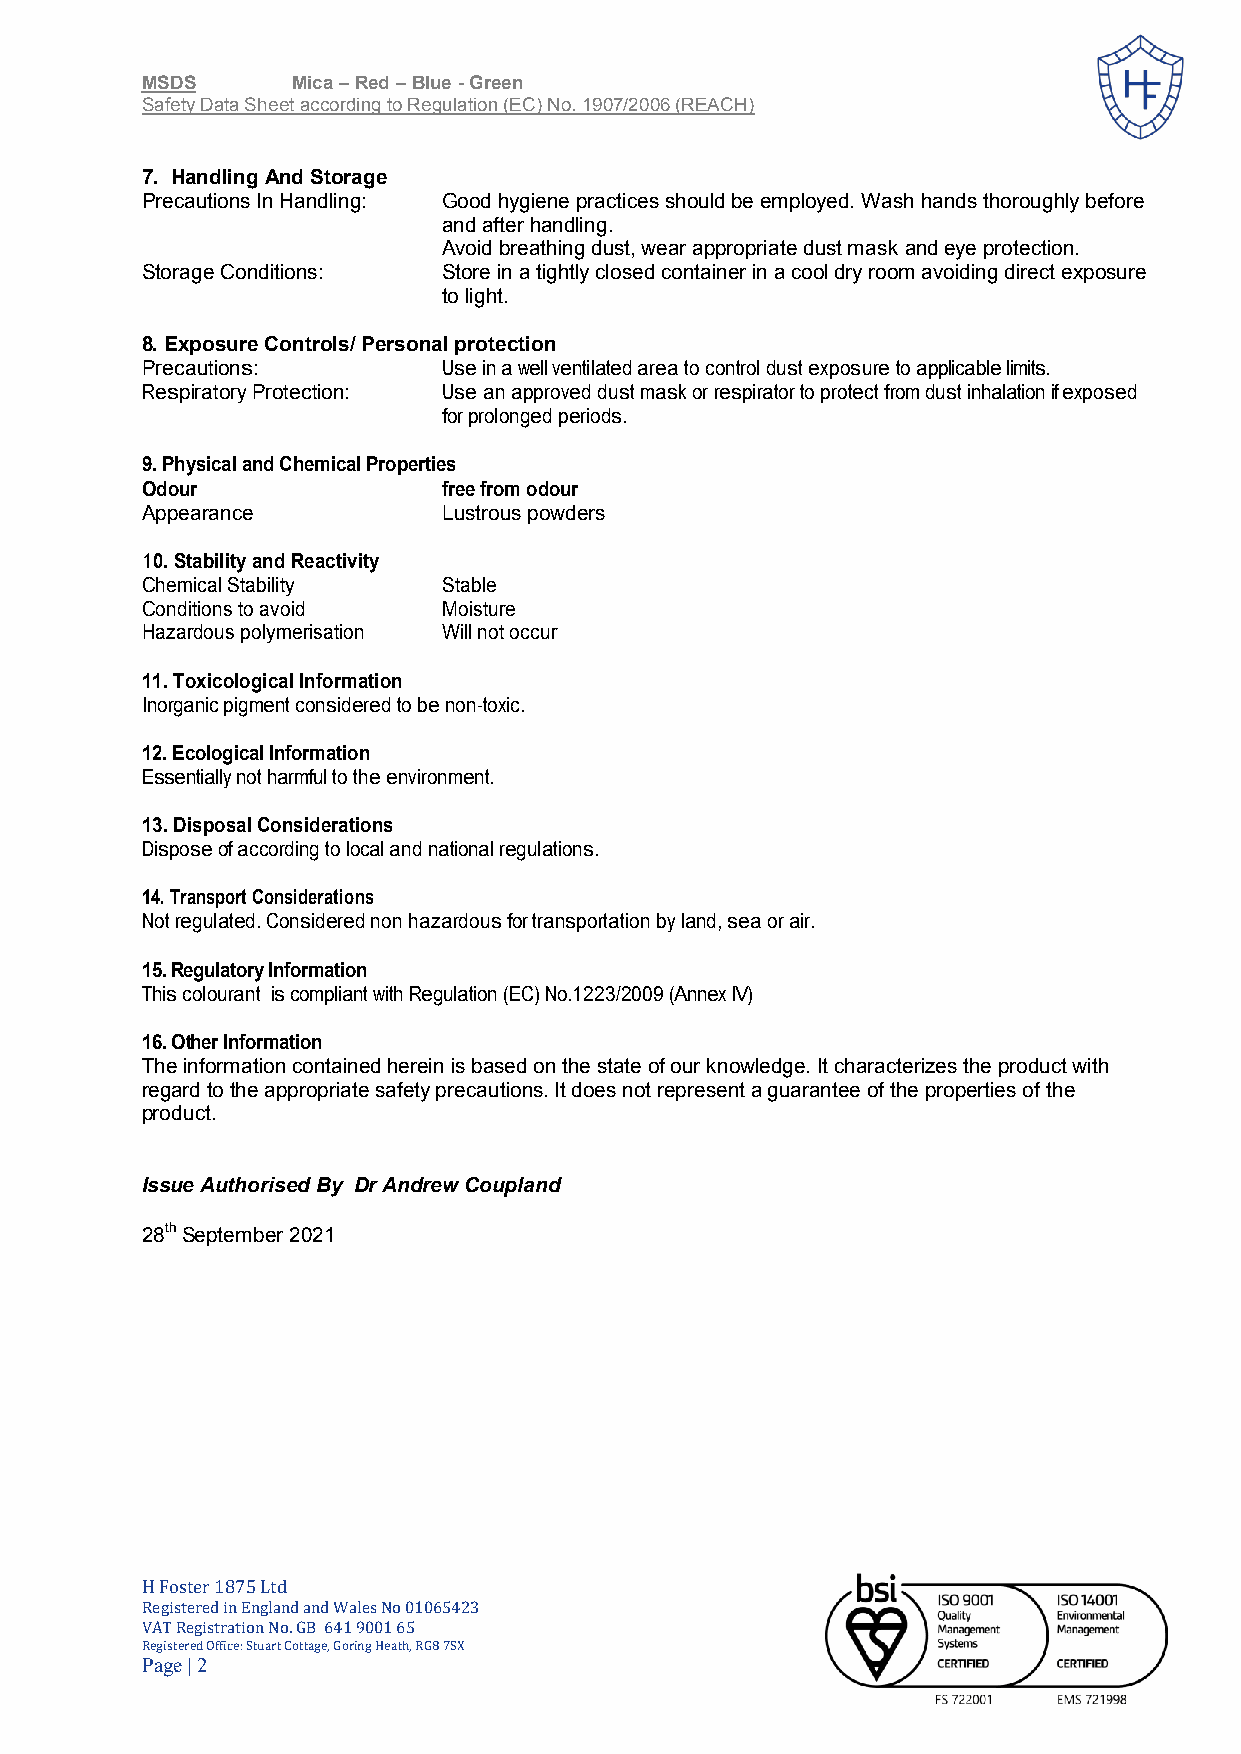
MSDS      Mica – Red – Blue - Green
 Safety Data Sheet according to Regulation (EC) No. 1907/2006 (REACH)
 7. Handling And Storage
 Precautions In Handling: Good hygiene practices should be employed. Wash hands thoroughly before
 and after handling.
 Avoid breathing dust, wear appropriate dust mask and eye protection.
 Storage Conditions: Store in a tightly closed container in a cool dry room avoiding direct exposure
 to light.
 8. Exposure Controls/ Personal protection
 Precautions:        Use in a well ventilated area to control dust exposure to applicable limits.
 Respiratory Protection: Use an approved dust mask or respirator to protect from dust inhalation if exposed
 for prolonged periods.
 9. Physical and Chemical Properties
 Odour               free from odour
 Appearance          Lustrous powders
 10. Stability and Reactivity
 Chemical Stability  Stable
 Conditions to avoid Moisture
 Hazardous polymerisation Will not occur
 11. Toxicological Information
 Inorganic pigment considered to be non-toxic.
 12. Ecological Information
 Essentially not harmful to the environment.
 13. Disposal Considerations
 Dispose of according to local and national regulations.
 14. Transport Considerations
 Not regulated. Considered non hazardous for transportation by land, sea or air.
 15. Regulatory Information
 This colourant is compliant with Regulation (EC) No.1223/2009 (Annex IV)
 16. Other Information
 The information contained herein is based on the state of our knowledge. It characterizes the product with
 regard to the appropriate safety precautions. It does not represent a guarantee of the properties of the
 product.
 Issue Authorised By Dr Andrew Coupland
 28th September 2021
 H Foster 1875 Ltd
 Registered in England and Wales No 01065423
 VAT Registration No. GB 641 9001 65
 Registered Office: Stuart Cottage, Goring Heath, RG8 7SX
 Page | 2